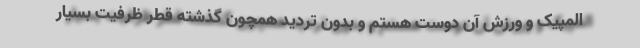
المپیک و ورزش آن دوست هستم و بدون تردید همچون گذشته قطر ظرفیت بسیار